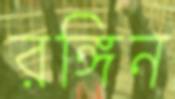
রঙ্গিন